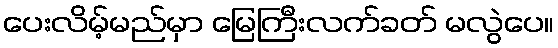
ပေးလိမ့်မည်မှာ မြေကြီးလက်ခတ် မလွဲပေ။